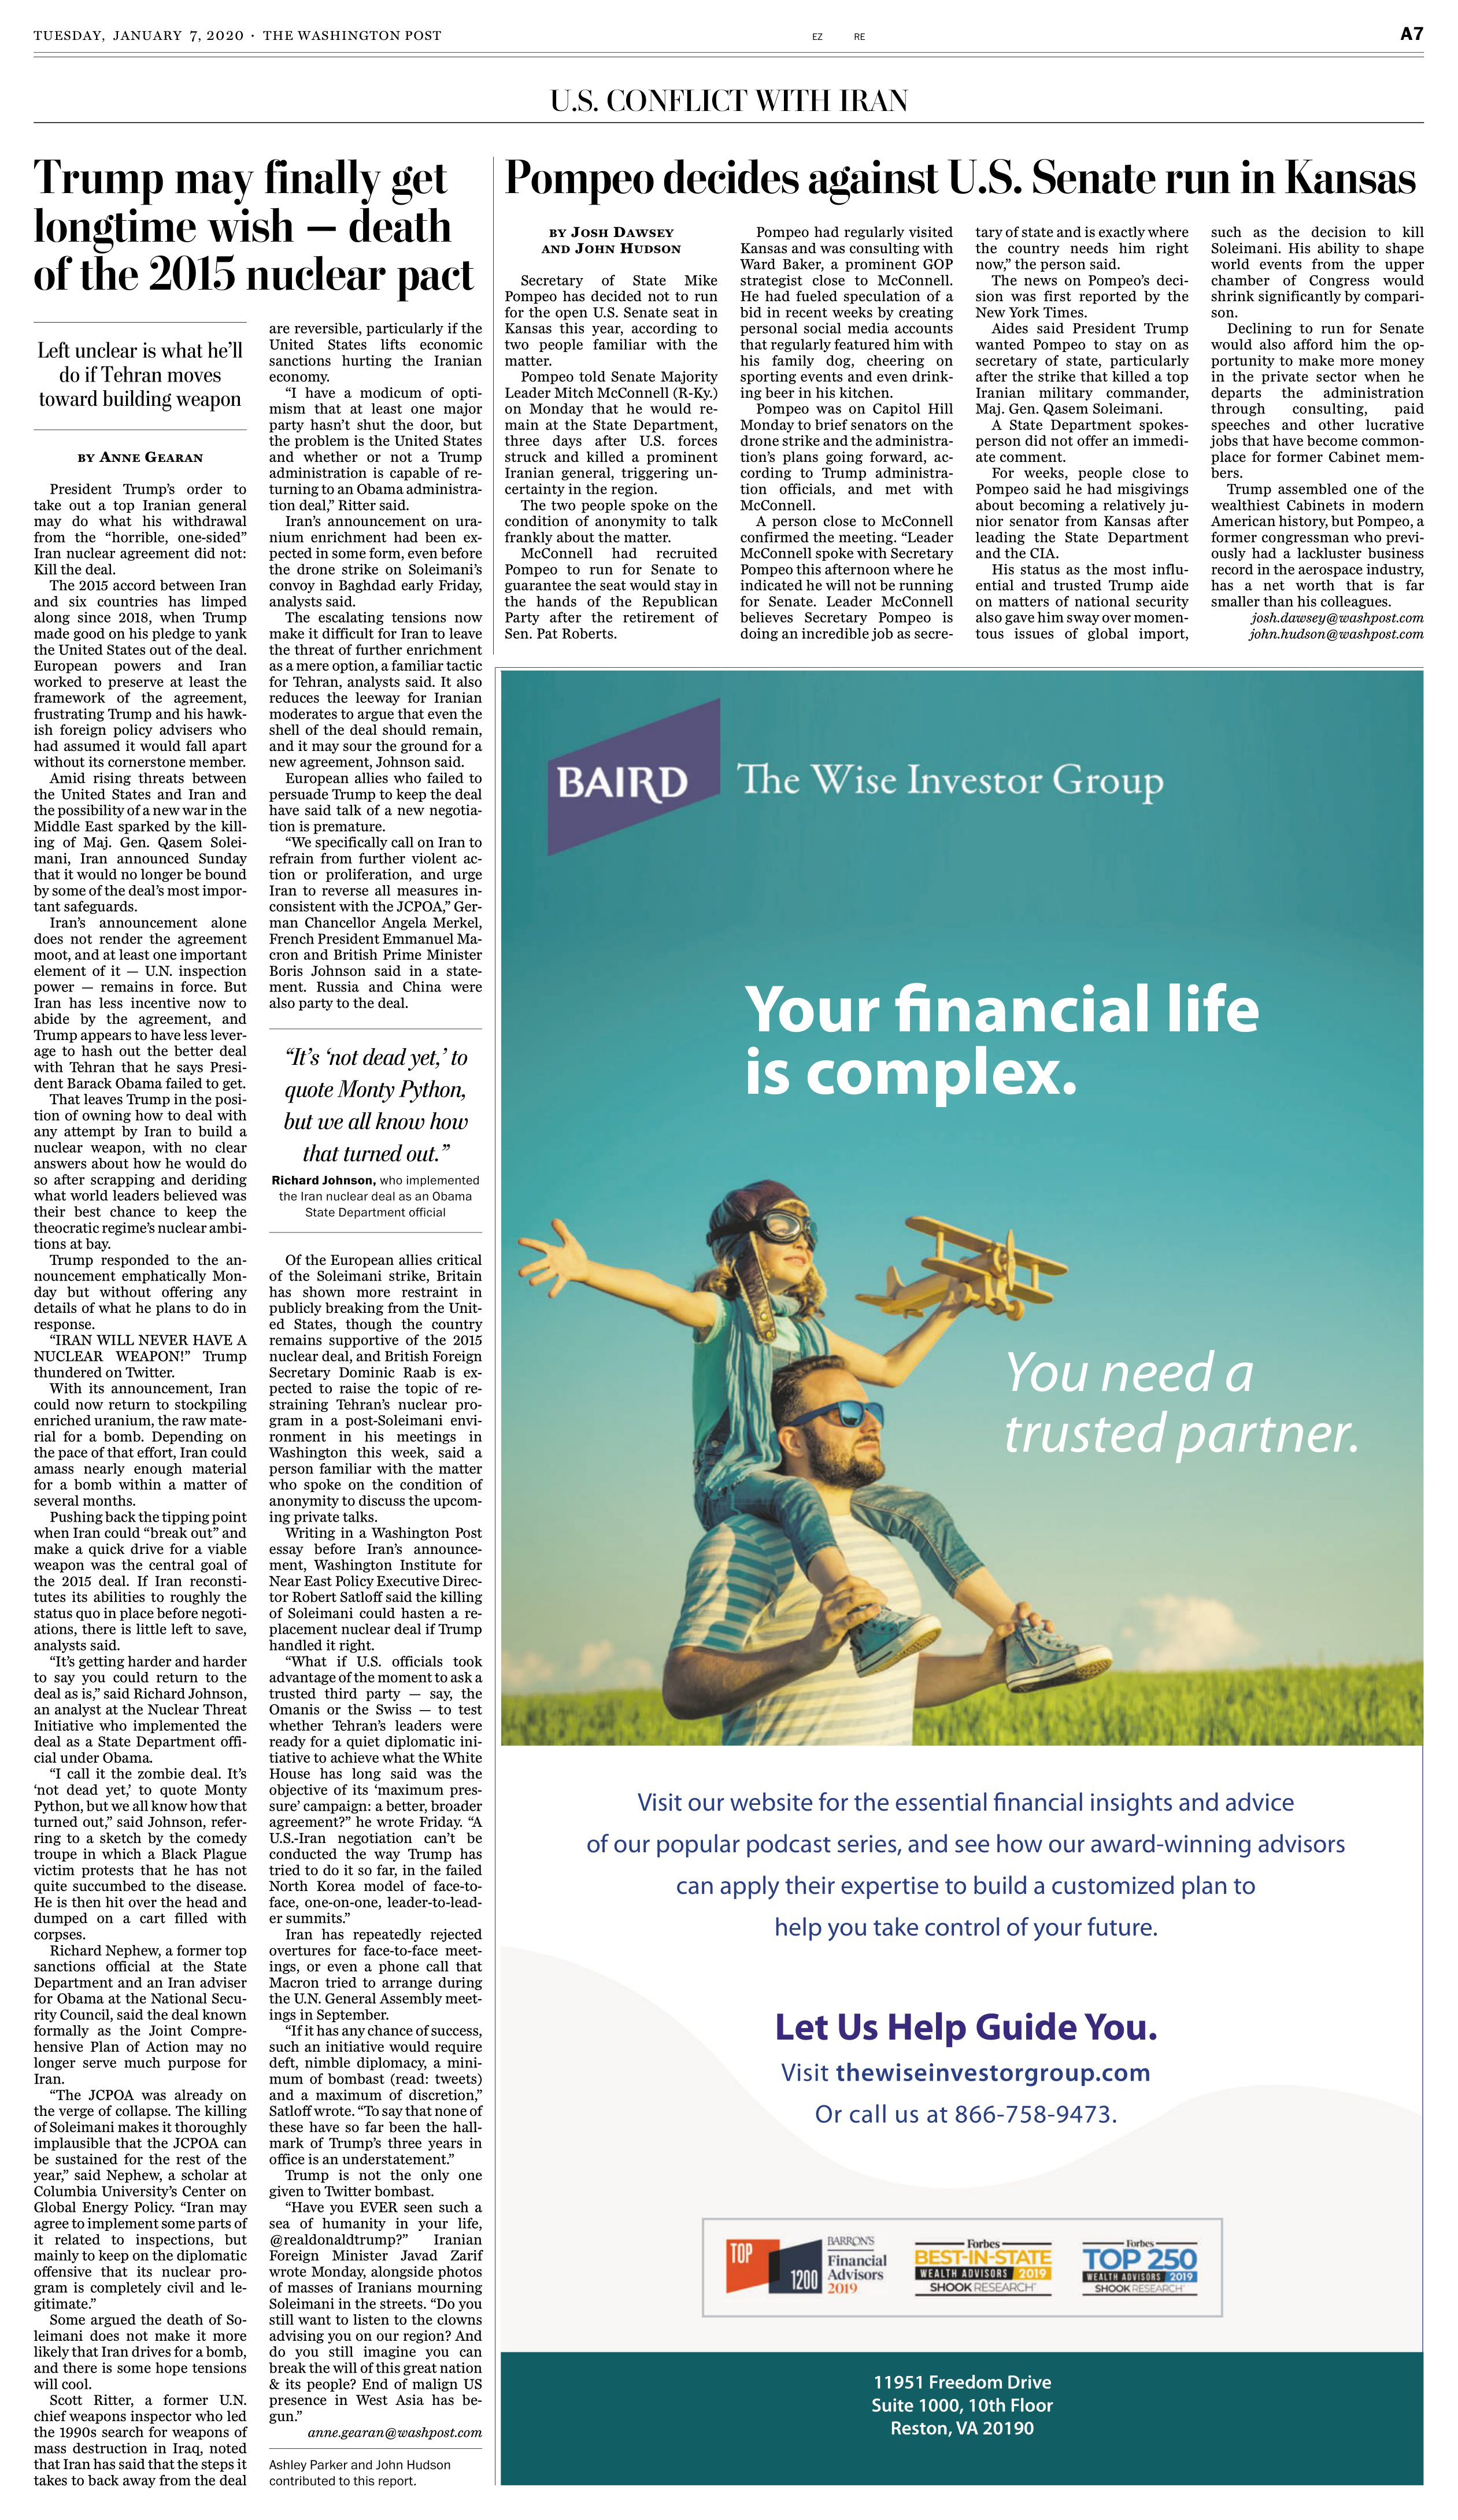
Language: en